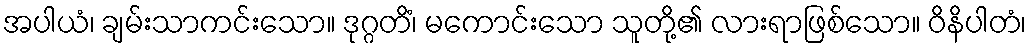
အပါယံ၊ ချမ်းသာကင်းသော။ ဒုဂ္ဂတိံ၊ မကောင်းသော သူတို့၏ လားရာဖြစ်သော။ ဝိနိပါတံ၊